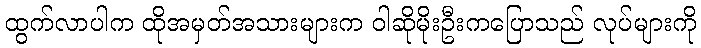
ထွက်လာပါက ထိုအမှတ်အသားများက ဝါဆိုမိုးဦးကပြောသည် လုပ်များကို